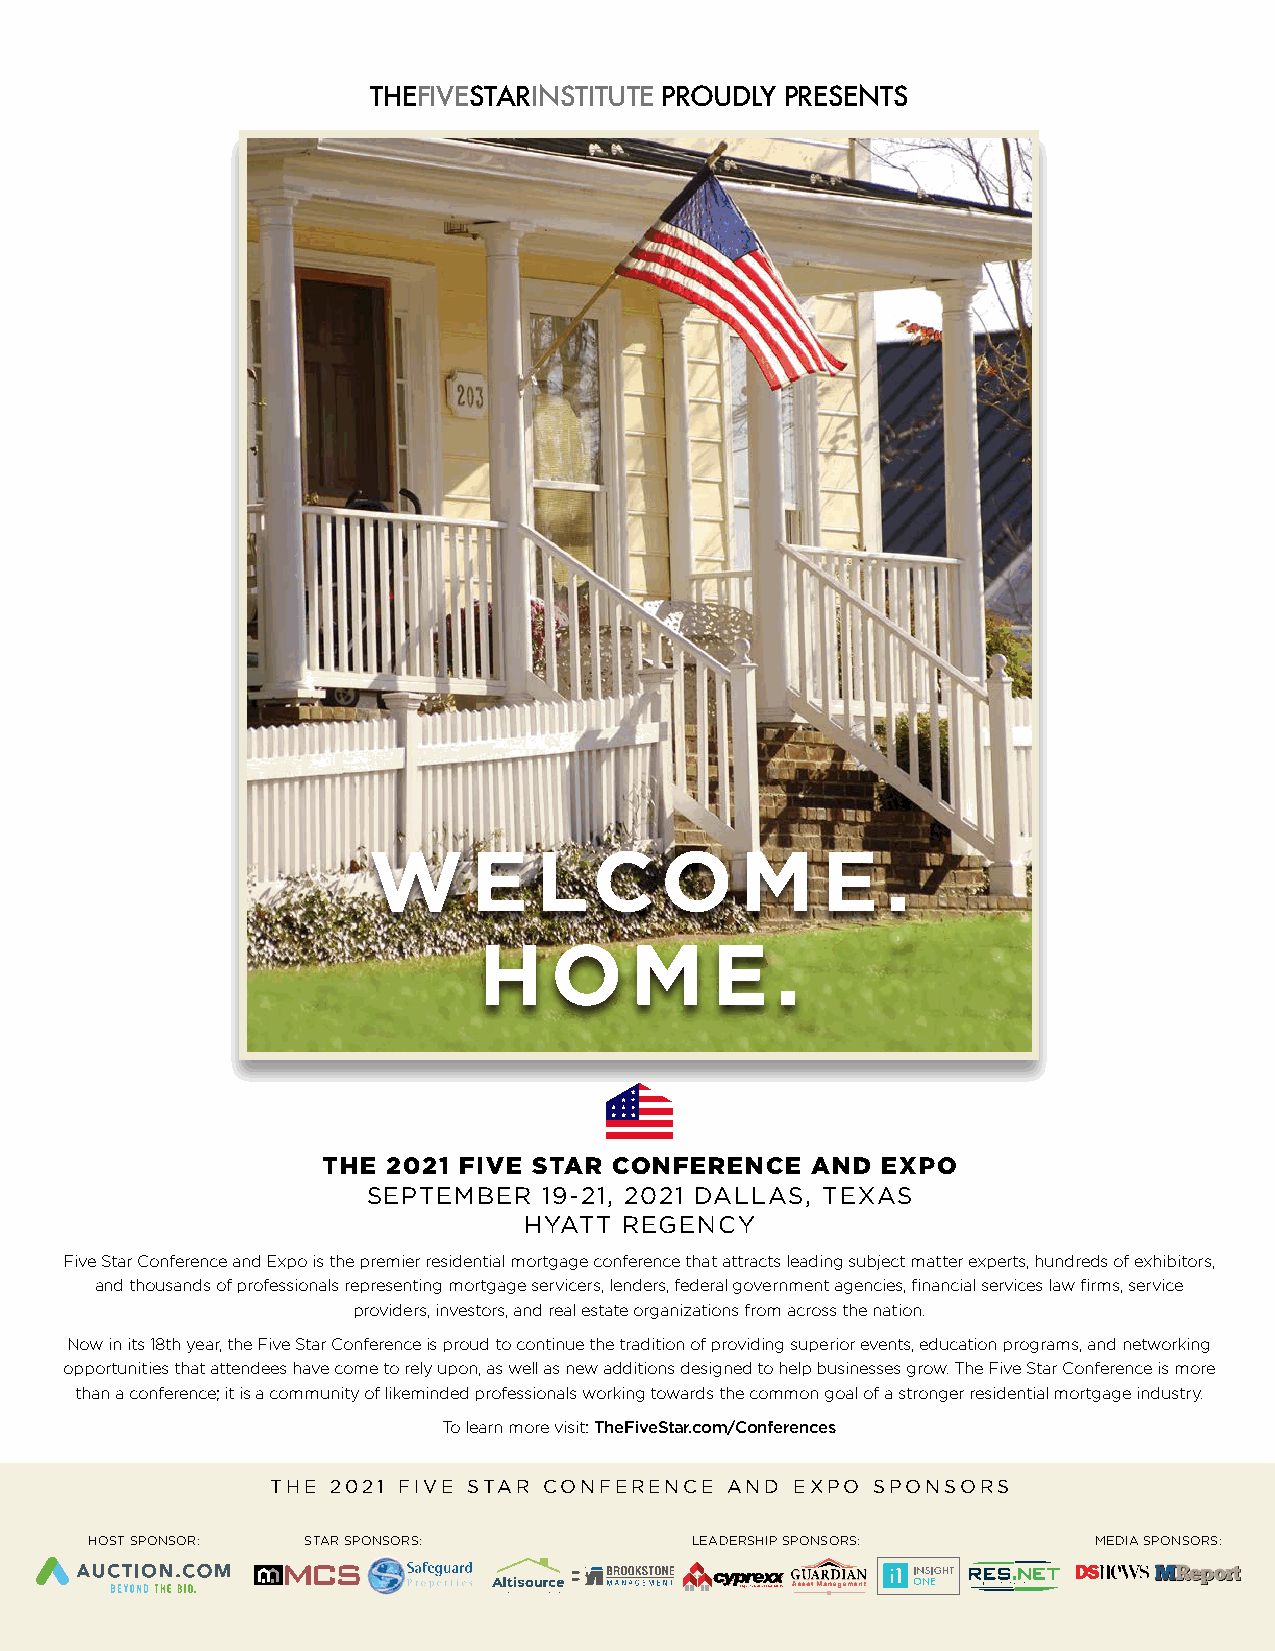
THEFIVESTARINSTITUTE PROUDLY PRESENTS
 W      E   LCO           M    E    .
 H   O     M    E   .
 THE  2021 FIVE STAR CONFERENCE   AND EXPO
 SEPTEMBER   19-21, 2021 DALLAS, TEXAS
 HYATT REGENCY
 Five Star Conference and Expo is the premier residential mortgage conference that attracts leading subject matter experts, hundreds of exhibitors,
 and thousands of professionals representing mortgage servicers, lenders, federal government agencies, financial services law firms, service
 providers, investors, and real estate organizations from across the nation.
 Now in its 18th year, the Five Star Conference is proud to continue the tradition of providing superior events, education programs, and networking
 opportunities that attendees have come to rely upon, as well as new additions designed to help businesses grow. The Five Star Conference is more
 than a conference; it is a community of likeminded professionals working towards the common goal of a stronger residential mortgage industry.
 To learn more visit: TheFiveStar.com/Conferences
 THE 2021 FIVE STAR CONFERENCE AND  EXPO SPONSORS
 HOST SPONSOR: STAR SPONSORS:            LEADERSHIP SPONSORS:      MEDIA SPONSORS: